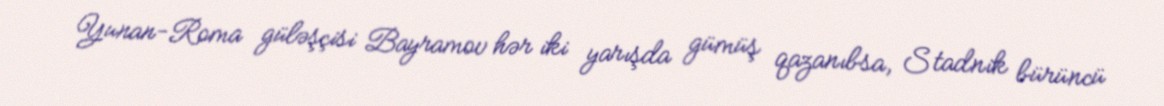
Yunan-Roma güləşçisi Bayramov hər iki yarışda gümüş qazanıbsa, Stadnik bürüncü